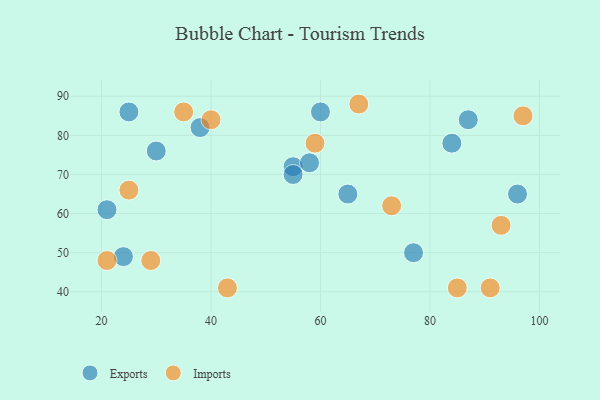
{"axis": {"x": "GDP", "y": "Life Expectancy"}, "legend": ["Exports", "Imports"], "data": [{"x": "87", "y": 84, "type": "Exports"}, {"x": "77", "y": 50, "type": "Exports"}, {"x": "38", "y": 82, "type": "Exports"}, {"x": "96", "y": 65, "type": "Exports"}, {"x": "65", "y": 65, "type": "Exports"}, {"x": "55", "y": 72, "type": "Exports"}, {"x": "21", "y": 61, "type": "Exports"}, {"x": "24", "y": 49, "type": "Exports"}, {"x": "84", "y": 78, "type": "Exports"}, {"x": "55", "y": 70, "type": "Exports"}, {"x": "25", "y": 86, "type": "Exports"}, {"x": "30", "y": 76, "type": "Exports"}, {"x": "60", "y": 86, "type": "Exports"}, {"x": "58", "y": 73, "type": "Exports"}, {"x": "67", "y": 88, "type": "Imports"}, {"x": "40", "y": 84, "type": "Imports"}, {"x": "91", "y": 41, "type": "Imports"}, {"x": "29", "y": 48, "type": "Imports"}, {"x": "97", "y": 85, "type": "Imports"}, {"x": "43", "y": 41, "type": "Imports"}, {"x": "73", "y": 62, "type": "Imports"}, {"x": "21", "y": 48, "type": "Imports"}, {"x": "59", "y": 78, "type": "Imports"}, {"x": "35", "y": 86, "type": "Imports"}, {"x": "93", "y": 57, "type": "Imports"}, {"x": "25", "y": 66, "type": "Imports"}, {"x": "85", "y": 41, "type": "Imports"}]}